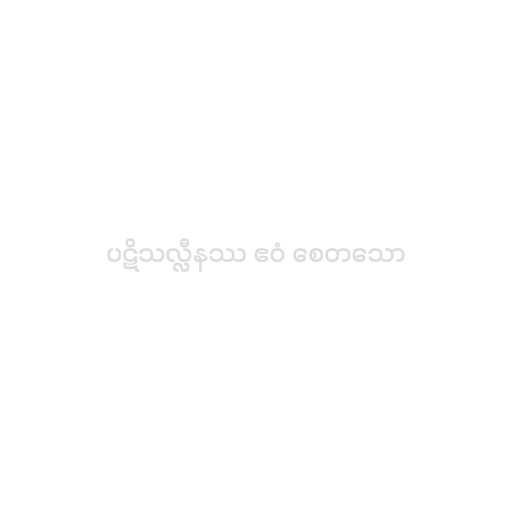
ပဋိသလ္လီနဿ ဧဝံ စေတသော